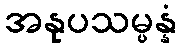
အနုပသမ္ပန္နံ